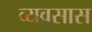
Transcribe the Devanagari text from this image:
व्यवसास